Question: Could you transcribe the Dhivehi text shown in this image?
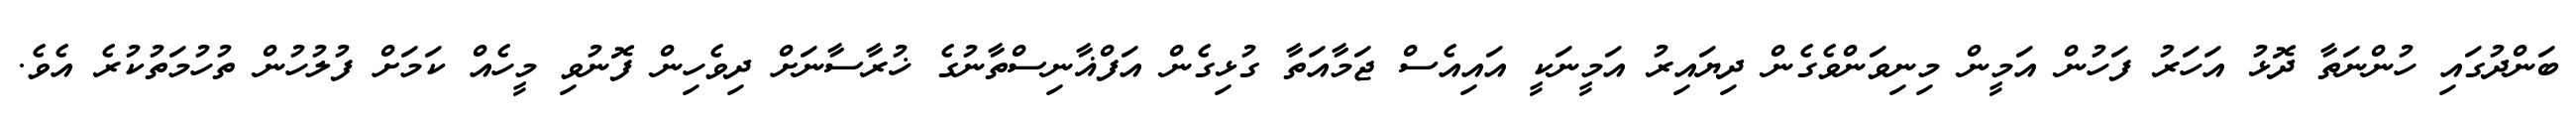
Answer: ބަންދުގައި ހުންނަތާ ދޮޅު އަހަރު ފަހުން އަމީން މިނިވަންވެގެން ދިޔައިރު އަމީނަކީ އައިއެސް ޖަމާއަތާ ގުޅިގެން އަފްޣާނިސްތާނުގެ ޚުރާސާނަށް ދިވެހިން ފޮނުވި މީހެއް ކަމަށް ފުލުހުން ތުހުމަތުކުރެ އެވެ.